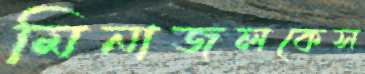
মিনাজলকেস